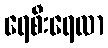
ရေစီးရေလာ